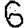
Digit: 6